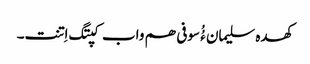
کھدہ سلیمان ءُُ سوفی ھم واب کپتگ اِتنت۔